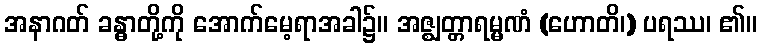
အနာဂတ် ခန္ဓာတို့ကို အောက်မေ့ရာအခါ၌။ အဇ္ဈတ္တာရမ္မဏံ (ဟောတိ၊) ပရဿ၊ ၏။